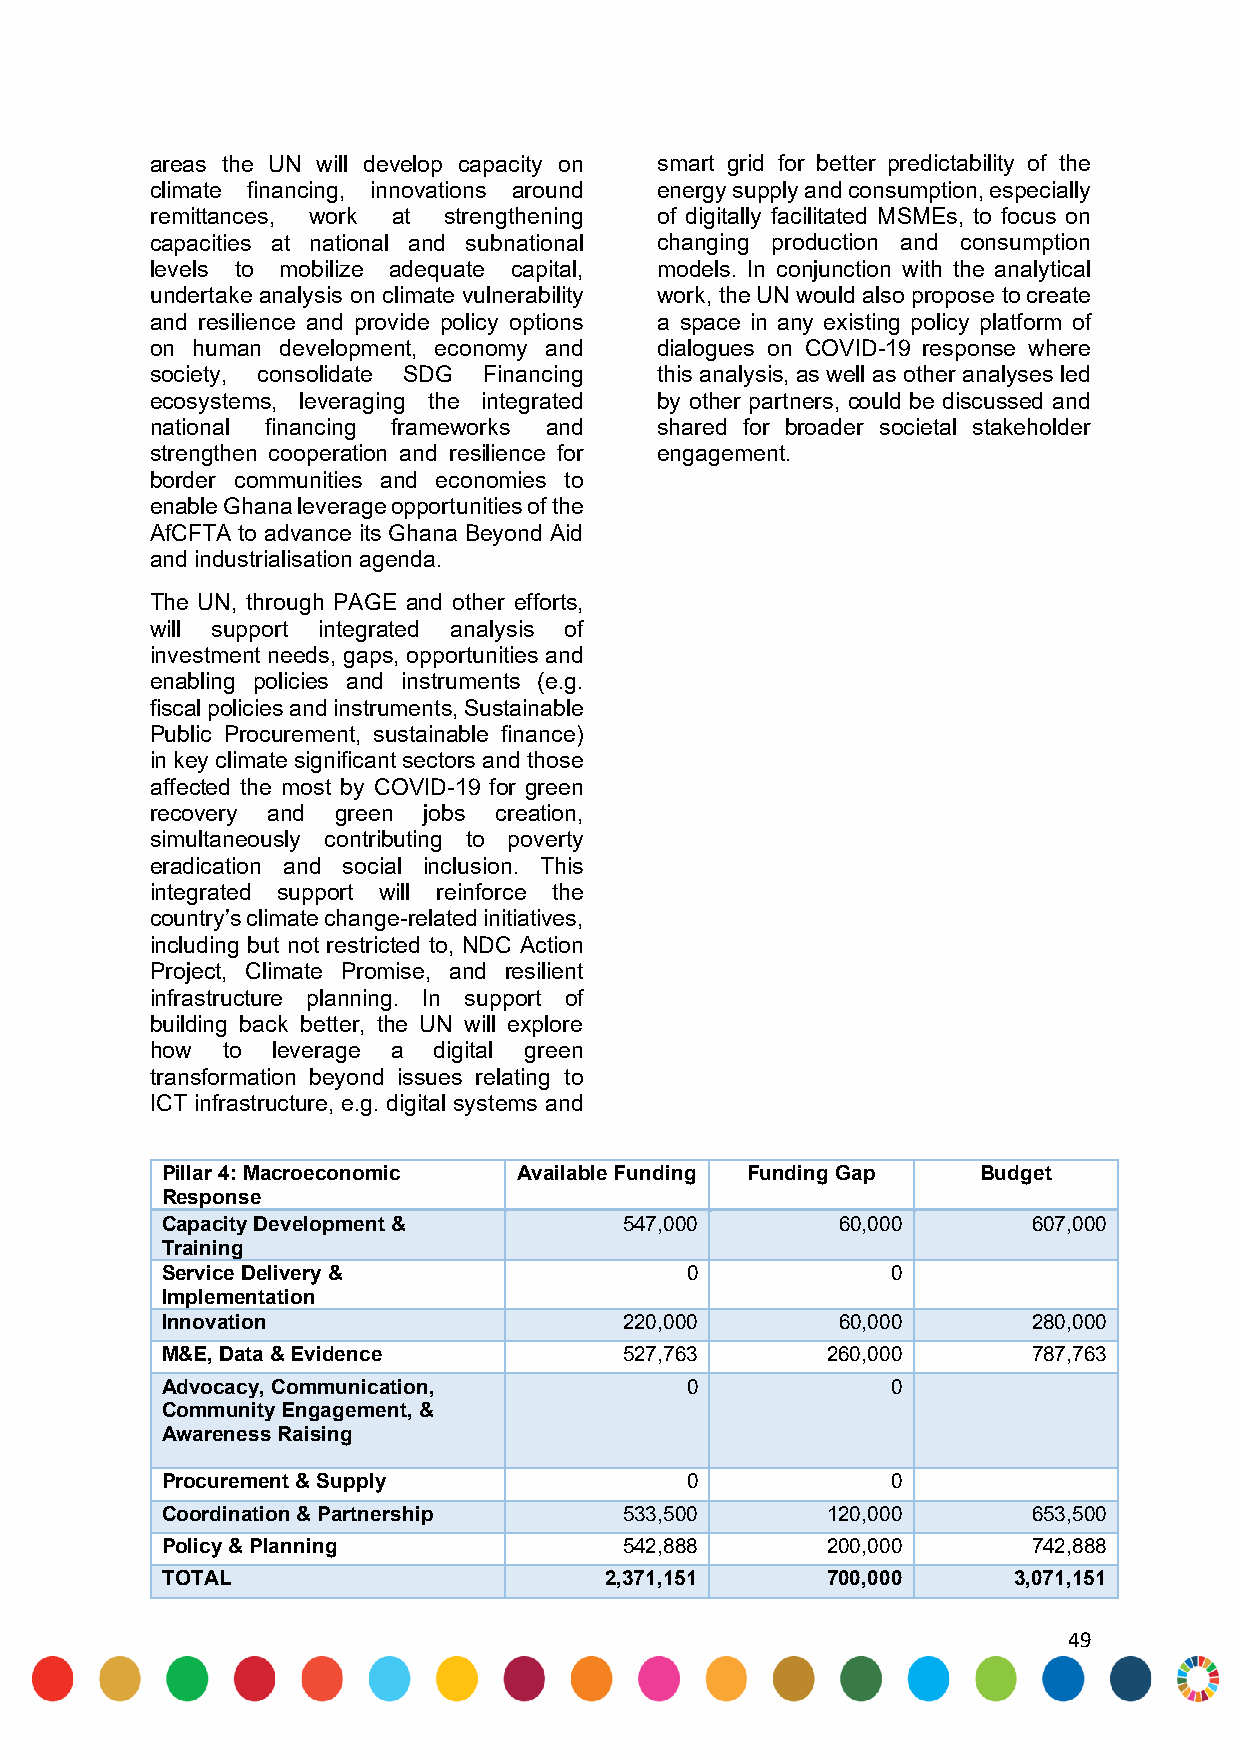
areas the UN will develop capacity on smart grid for better predictability of the
 climate financing, innovations around energy supply and consumption, especially
 remittances, work at strengthening of digitally facilitated MSMEs, to focus on
 capacities at national and subnational changing production and consumption
 levels to mobilize adequate capital, models. In conjunction with the analytical
 undertake analysis on climate vulnerability work, the UN would also propose to create
 and resilience and provide policy options a space in any existing policy platform of
 on human development, economy and dialogues on COVID-19 response where
 society, consolidate SDG Financing this analysis, as well as other analyses led
 ecosystems, leveraging the integrated by other partners, could be discussed and
 national financing frameworks and shared for broader societal stakeholder
 strengthen cooperation and resilience for engagement.
 border communities and economies to
 enable Ghana leverage opportunities of the
 AfCFTA to advance its Ghana Beyond Aid
 and industrialisation agenda.
 The UN, through PAGE and other efforts,
 will support integrated analysis of
 investment needs, gaps, opportunities and
 enabling policies and instruments (e.g.
 fiscal policies and instruments, Sustainable
 Public Procurement, sustainable finance)
 in key climate significant sectors and those
 affected the most by COVID-19 for green
 recovery and green jobs creation,
 simultaneously contributing to poverty
 eradication and social inclusion. This
 integrated support will reinforce the
 country’s climate change-related initiatives,
 including but not restricted to, NDC Action
 Project, Climate Promise, and resilient
 infrastructure planning. In support of
 building back better, the UN will explore
 how  to leverage a digital green
 transformation beyond issues relating to
 ICT infrastructure, e.g. digital systems and
 Pillar 4: Macroeconomic Available Funding Funding Gap Budget
 Response
 Capacity Development &        547,000       60,000       607,000
 Training
 Service Delivery &                0             0
 Implementation
 Innovation                    220,000       60,000       280,000
 M&E, Data & Evidence          527,763       260,000      787,763
 Advocacy, Communication,          0             0
 Community Engagement, &
 Awareness Raising
 Procurement & Supply              0             0
 Coordination & Partnership    533,500       120,000      653,500
 Policy & Planning             542,888       200,000      742,888
 TOTAL                        2,371,151      700,000     3,071,151
 49